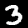
Digit: 3